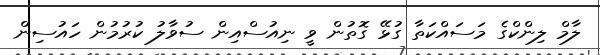
ލާމް ލިންކްގެ މަސައްކަތާ ގުޅޭ ގޮތުން ވީ ނިއުސްއިން ސުވާލު ކުރުމުން ހައުސިން